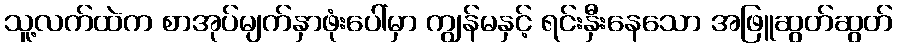
သူ့လက်ထဲက စာအုပ်မျက်နှာဖုံးပေါ်မှာ ကျွန်မနှင့် ရင်းနှီးနေသော အဖြူဆွတ်ဆွတ်